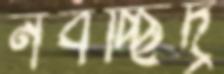
নবচ্ছিদ্র